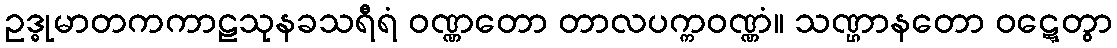
ဥဒ္ဓုမာတကကာဠသုနခသရီရံ ဝဏ္ဏတော တာလပက္ကဝဏ္ဏံ။ သဏ္ဌာနတော ဝဋ္ဋေတွာ